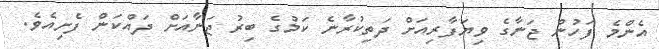
އެންމެ ފަހުން ޖަނާގެ ވިޔަފާރިއަށް ދަތިކުރާނެ ކަމުގެ ބިރު ޖަނާއަށް ދައްކަން ފެށިއެވެ.